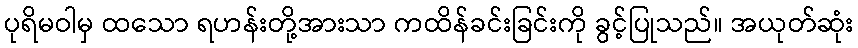
ပုရိမဝါမှ ထသော ရဟန်းတို့အားသာ ကထိန်ခင်းခြင်းကို ခွင့်ပြုသည်။ အယုတ်ဆုံး